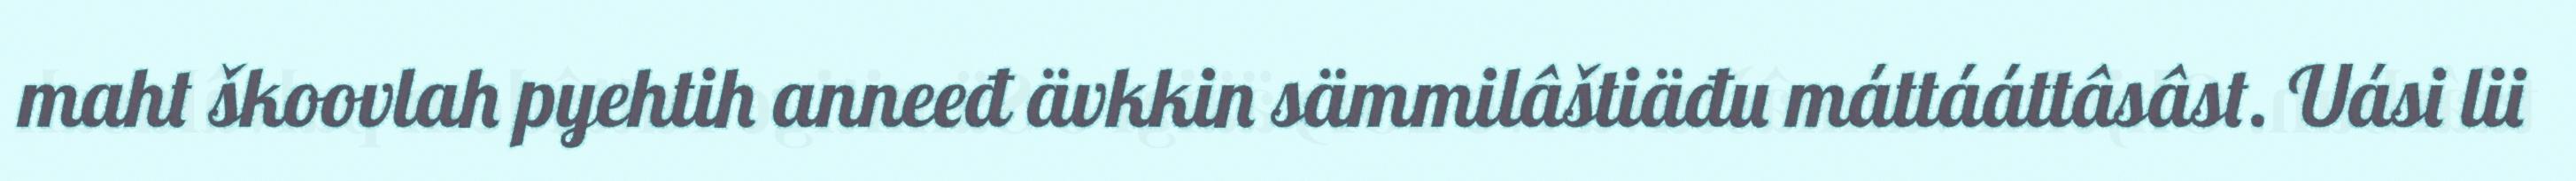
maht škoovlah pyehtih anneeđ ävkkin sämmilâštiäđu máttááttâsâst. Uási lii